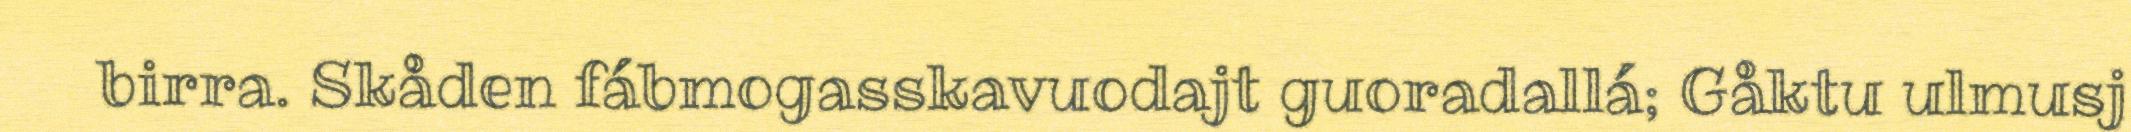
birra. Skåden fábmogasskavuodajt guoradallá; Gåktu ulmusj